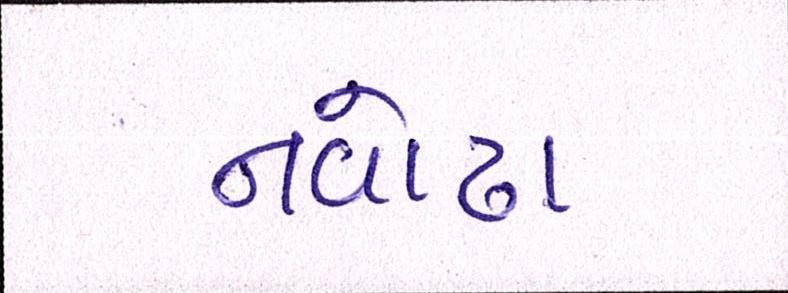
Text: નવોઢા